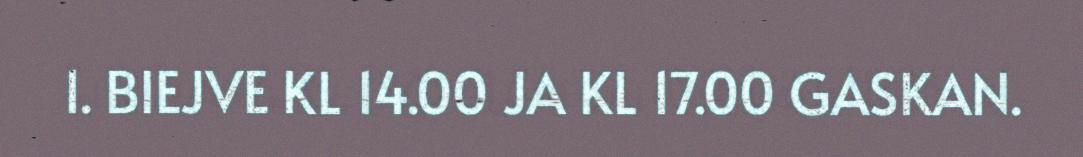
1. BIEJVE KL 14.00 JA KL 17.00 GASKAN.